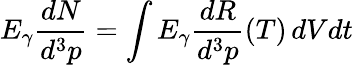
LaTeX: E_{\gamma}\frac{dN}{d^{3}p}=\int E_{\gamma}\frac{dR}{d^{3}p}(T)\, dVdt